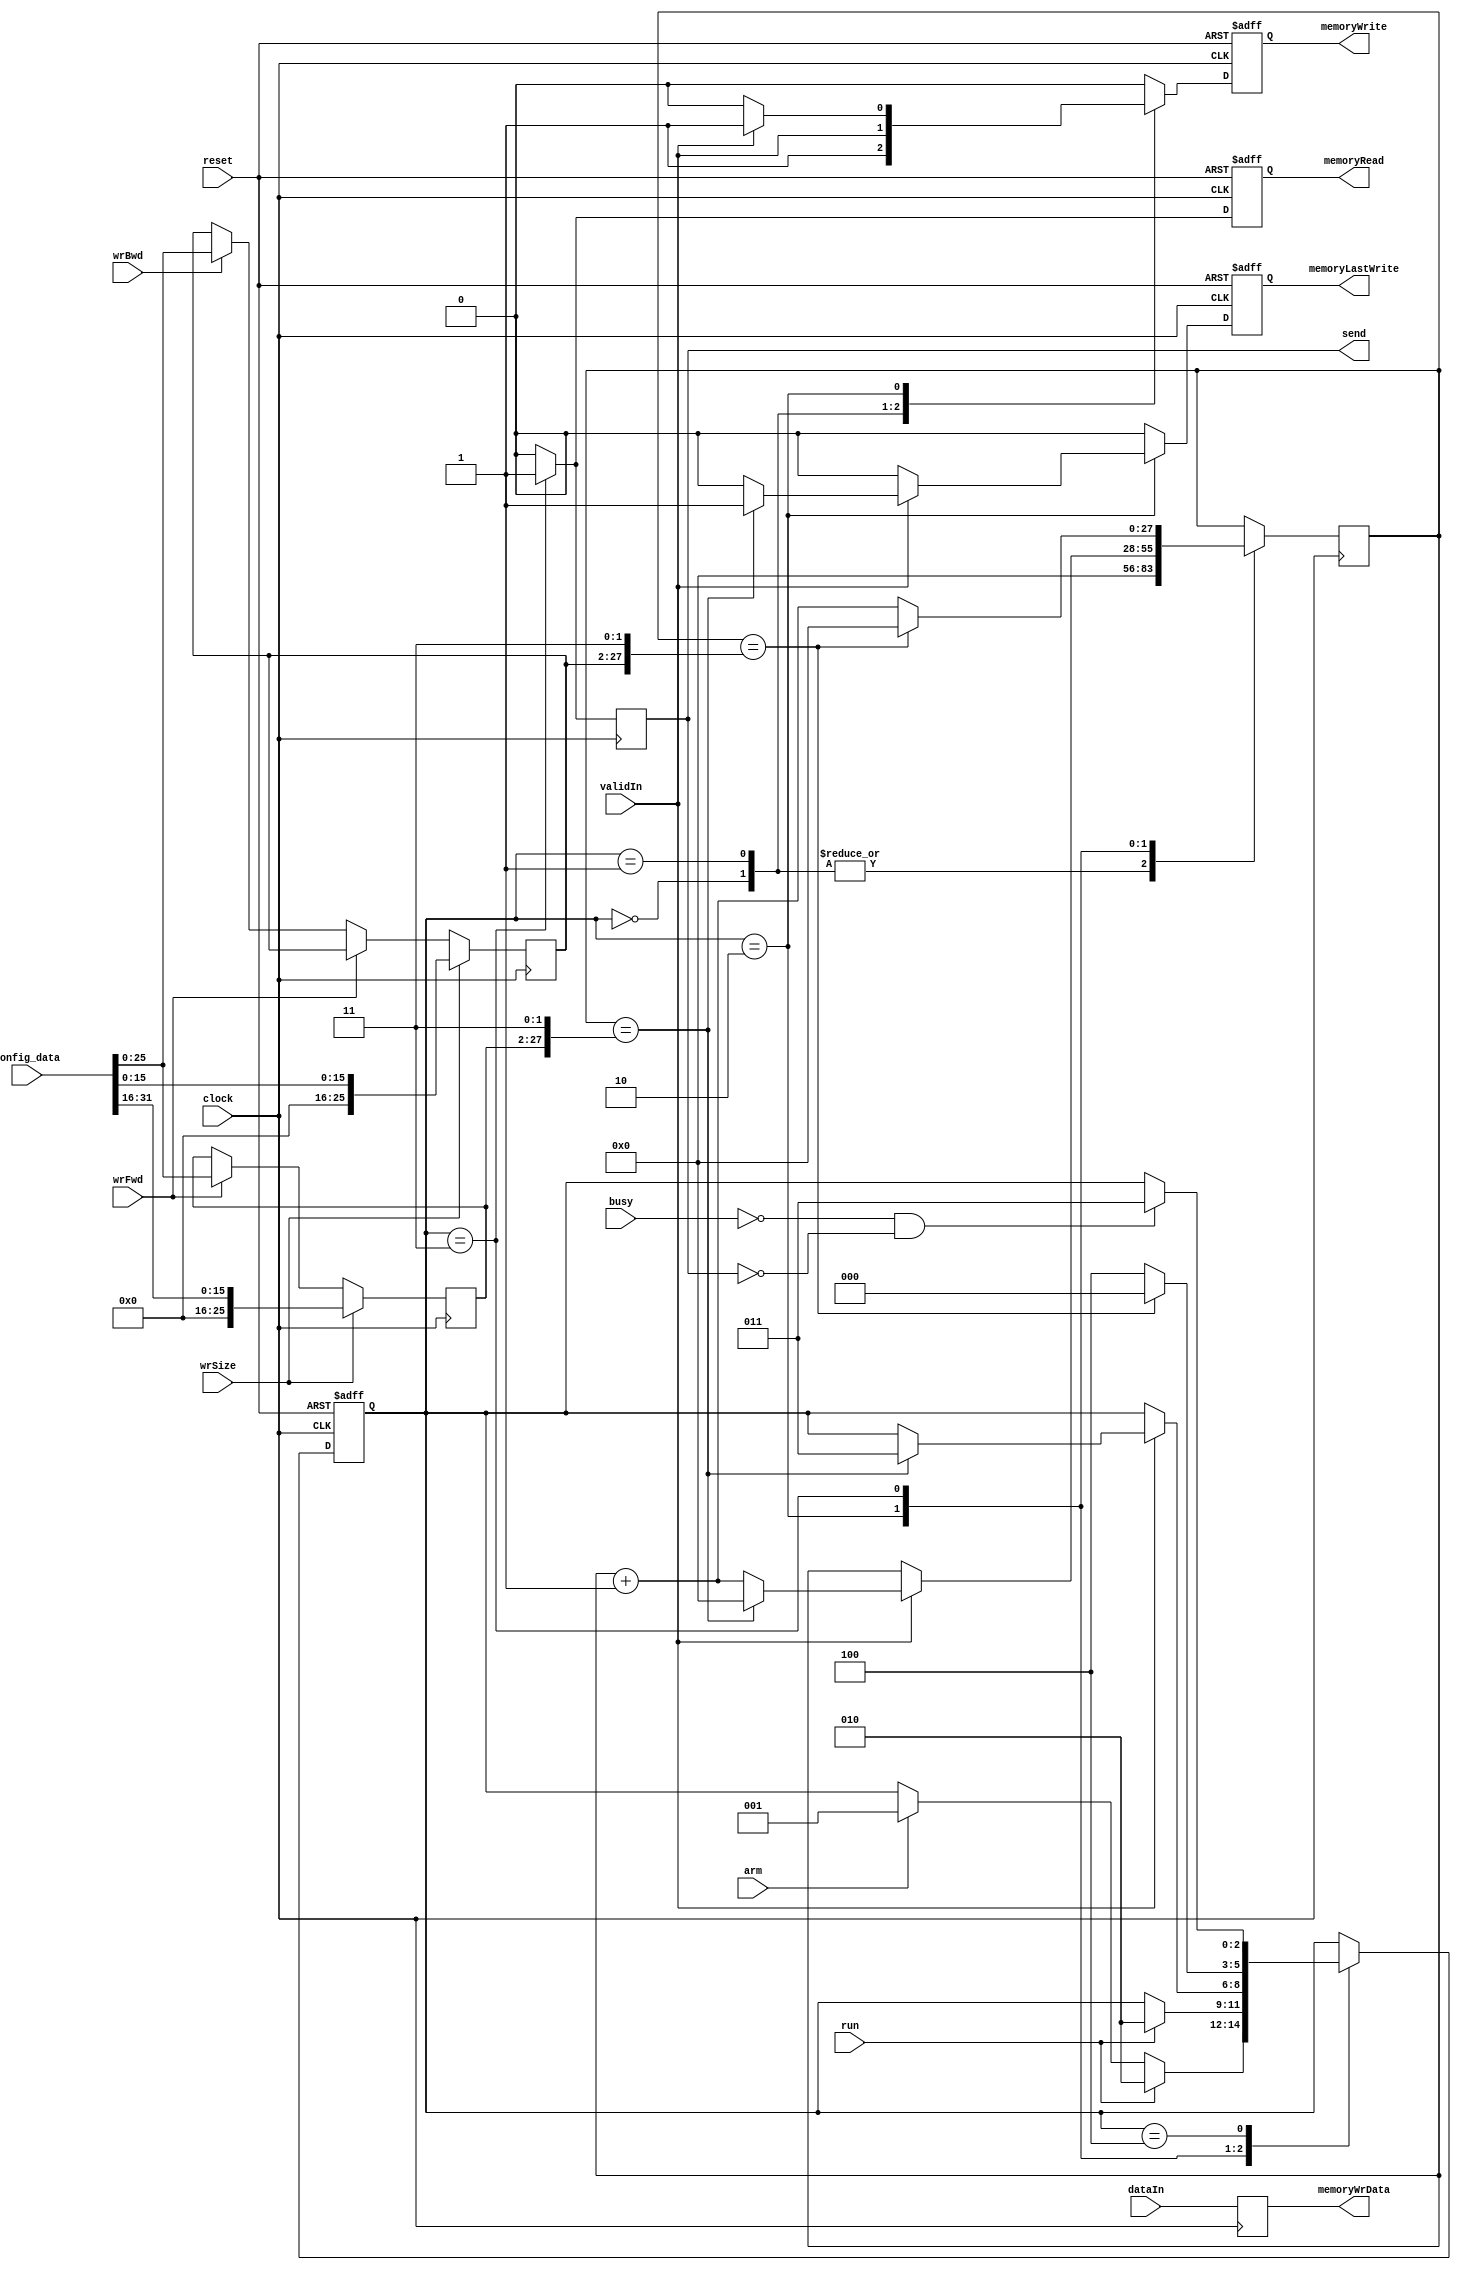
//--------------------------------------------------------------------------------
// controller.vhd
//
// Copyright (C) 2006 Michael Poppitz
// 
// This program is free software; you can redistribute it and/or modify
// it under the terms of the GNU General Public License as published by
// the Free Software Foundation; either version 2 of the License, or (at
// your option) any later version.
//
// This program is distributed in the hope that it will be useful, but
// WITHOUT ANY WARRANTY; without even the implied warranty of
// MERCHANTABILITY or FITNESS FOR A PARTICULAR PURPOSE. See the GNU
// General Public License for more details.
//
// You should have received a copy of the GNU General Public License along
// with this program; if not, write to the Free Software Foundation, Inc.,
// 51 Franklin St, Fifth Floor, Boston, MA 02110, USA
//
//--------------------------------------------------------------------------------
//
// Details: http://www.sump.org/projects/analyzer/
//
// Controls the capturing & readback operation.
// 
// If no other operation has been activated, the controller samples data
// into the memory. When the run signal is received, it continues to do so
// for fwd * 4 samples and then sends bwd * 4 samples  to the transmitter.
// This allows to capture data from before the trigger match which is a nice 
// feature.
//
//--------------------------------------------------------------------------------
//
// 12/29/2010 - Verilog Version + cleanups created by Ian Davis - mygizmos.org
// 
// 09/16/2013 - Magnus Karlsson - Added separate registers for count and delay to 
//                                increase the sample count beyond 256K
//

`timescale 1ns/100ps

module controller(
  clock, reset, run,
  wrSize, wrFwd, wrBwd, config_data,
  validIn, dataIn, busy, arm, 
  // outputs...
  send, memoryWrData, memoryRead, 
  memoryWrite, memoryLastWrite);

input clock;
input reset;
input run;
input wrSize;
input wrFwd;
input wrBwd;
input [31:0] config_data;
input validIn;
input [31:0] dataIn;
input busy;
input arm;

output send;
output [31:0] memoryWrData;
output memoryRead;
output memoryWrite;
output memoryLastWrite;

reg [25:0] fwd, next_fwd; // Config registers...
reg [25:0] bwd, next_bwd;

reg send, next_send;
reg memoryRead, next_memoryRead;
reg memoryWrite, next_memoryWrite;
reg memoryLastWrite, next_memoryLastWrite;

reg [27:0] counter, next_counter; 
wire [27:0] counter_inc = counter+1'b1;


reg [31:0] memoryWrData, next_memoryWrData;
always @(posedge clock) 
begin
  memoryWrData = next_memoryWrData;
end
always @*
begin
  #1; next_memoryWrData = dataIn;
end



//
// Control FSM...
//
parameter [2:0]
  IDLE =     3'h0,
  SAMPLE =   3'h1,
  DELAY =    3'h2,
  READ =     3'h3,
  READWAIT = 3'h4;

reg [2:0] state, next_state; 

initial state = IDLE;
always @(posedge clock or posedge reset) 
begin
  if (reset)
    begin
      state = IDLE;
      memoryWrite = 1'b0;
      memoryLastWrite = 1'b0;
      memoryRead = 1'b0;
    end
  else 
    begin
      state = next_state;
      memoryWrite = next_memoryWrite;
      memoryLastWrite = next_memoryLastWrite;
      memoryRead = next_memoryRead;
    end
end

always @(posedge clock)
begin
  counter = next_counter;
  send = next_send;
end

// FSM to control the controller action
always @*
begin
  #1;
  next_state = state;
  next_counter = counter;
  next_memoryWrite = 1'b0;
  next_memoryLastWrite = 1'b0;
  next_memoryRead = 1'b0;
  next_send = 1'b0;

  case(state)
    IDLE :
      begin
        next_counter = 0;
        next_memoryWrite = 1;
	if (run) next_state = DELAY;
	else if (arm) next_state = SAMPLE;
      end

    // default mode: write data samples to memory
    SAMPLE : 
      begin
        next_counter = 0;
        next_memoryWrite = validIn;
        if (run) next_state = DELAY;
      end

    // keep sampling for 4 * fwd + 4 samples after run condition
    DELAY : 
      begin
	if (validIn)
	  begin
	    next_memoryWrite = 1'b1;
            next_counter = counter_inc;
            if (counter == {fwd,2'b11}) 	// IED - Evaluate only on validIn to make behavior
	      begin				// match between sampling on all-clocks verses occasionally.
		next_memoryLastWrite = 1'b1;	// Added LastWrite flag to simplify write->read memory handling.
		next_counter = 0;
		next_state = READ;
	      end
	  end
      end

    // read back 4 * bwd + 4 samples after DELAY
    // go into wait state after each sample to give transmitter time
    READ : 
      begin
        next_memoryRead = 1'b1;
        next_send = 1'b1;
        if (counter == {bwd,2'b11}) 
	  begin
            next_counter = 0;
            next_state = IDLE;
          end
        else 
	  begin
            next_counter = counter_inc;
            next_state = READWAIT;
          end
      end

    // wait for the transmitter to become ready again
    READWAIT : 
      begin
        if (!busy && !send) next_state = READ;
      end
  endcase
end


//
// Set speed and size registers if indicated...
//
always @(posedge clock) 
begin
  fwd = next_fwd;
  bwd = next_bwd;
end

always @*
begin
  #1;
  next_fwd = fwd;
  next_bwd = bwd;

  if (wrSize) 
    begin
      next_fwd = {10'd0, config_data[31:16]};
      next_bwd = {10'd0, config_data[15:0]};
    end
  else if (wrFwd)
    next_fwd = config_data[25:0];
  else if (wrBwd)
    next_bwd = config_data[25:0];
end
endmodule